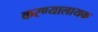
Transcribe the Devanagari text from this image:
करण्यालायक